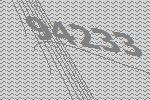
94233